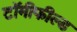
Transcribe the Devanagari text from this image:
टॉमीफील्ड